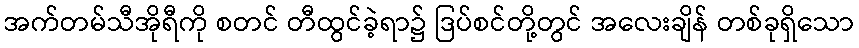
အက်တမ်သီအိုရီကို စတင် တီထွင်ခဲ့ရာ၌ ဒြပ်စင်တို့တွင် အလေးချိန် တစ်ခုရှိသော